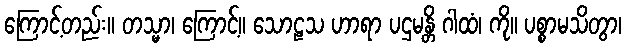
ကြောင့်တည်း။ တသ္မာ၊ ကြောင့်။ သောဠသ ဟာရာ ပဌမန္တိ ဂါထံ၊ ကို။ ပစ္စာမသိတွာ၊